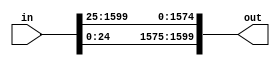
module input_mod(input [1599:0] in, output reg [1599:0] out);
	always@(*) begin
		out = {in[24:0], in[1599:25]};
	end
endmodule